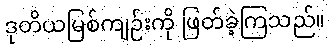
ဒုတိယမြစ်ကျဉ်းကို ဖြတ်ခဲ့ကြသည်။